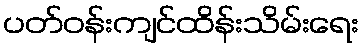
ပတ်ဝန်းကျင်ထိန်းသိမ်းရေး